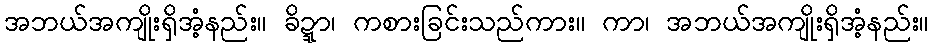
အဘယ်အကျိုးရှိအံ့နည်း။ ခိဍ္ဍာ၊ ကစားခြင်းသည်ကား။ ကာ၊ အဘယ်အကျိုးရှိအံ့နည်း။